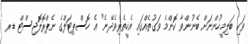
ވަކި ބަލިމީހުންނަށް ބޭނުންވާ ކޮންމެ ވަގުތެއްގައި އެހީތެރިވެދޭނެ" އެ ހޮސްޕިޓަލްގެ ނެޕްރޮލޮޖިސްޓް ޑރ